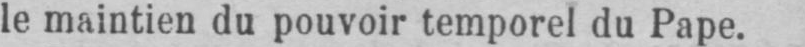
le maintien du pouvoir temporel du Pape.